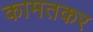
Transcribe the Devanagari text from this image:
कामतकर